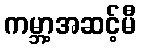
ကမ္ဘာ့အဆင့်မီ